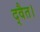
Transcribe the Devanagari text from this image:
द्वैत।